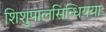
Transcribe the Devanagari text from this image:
शिशुपालसिन्धियया